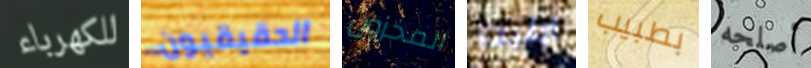
للكهرباء الحقيقيون المخزون ابليت بطبيب أصلحه